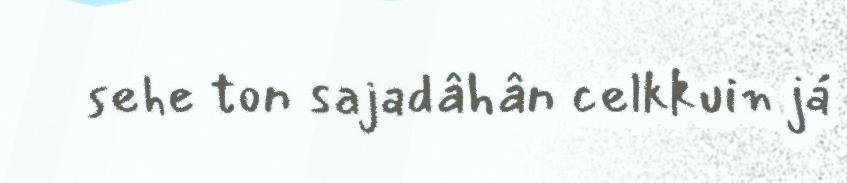
sehe ton sajadâhân celkkuin já